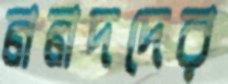
ননদদের